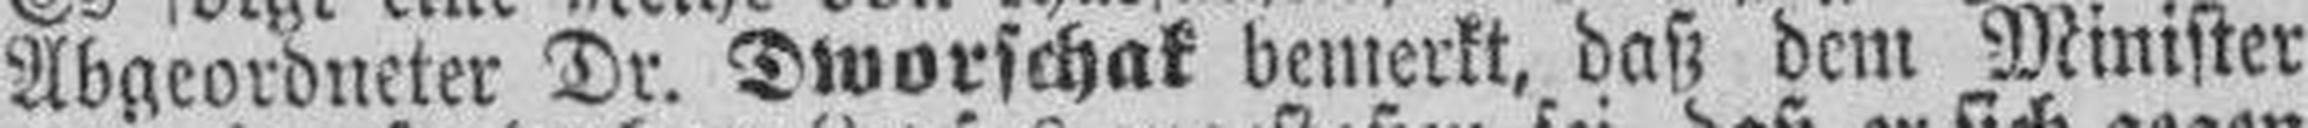
Abgeordneter Dr. Dworschak bemerkt, daß dem Minister